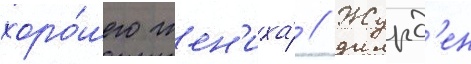
хоро́шего жен'иха́ // Журд'ен